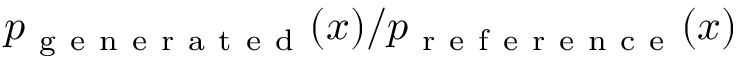
p _ { \mathrm { ~ g ~ e ~ n ~ e ~ r ~ a ~ t ~ e ~ d ~ } } ( x ) / p _ { \mathrm { ~ r ~ e ~ f ~ e ~ r ~ e ~ n ~ c ~ e ~ } } ( x )